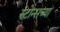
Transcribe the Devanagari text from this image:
स्टोन्सच्या